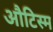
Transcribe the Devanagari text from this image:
औटिस्म